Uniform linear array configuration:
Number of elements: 32
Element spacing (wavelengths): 0.5
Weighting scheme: exponential
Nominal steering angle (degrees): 45
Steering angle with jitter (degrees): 45.231
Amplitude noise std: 0.05
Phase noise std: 0.05

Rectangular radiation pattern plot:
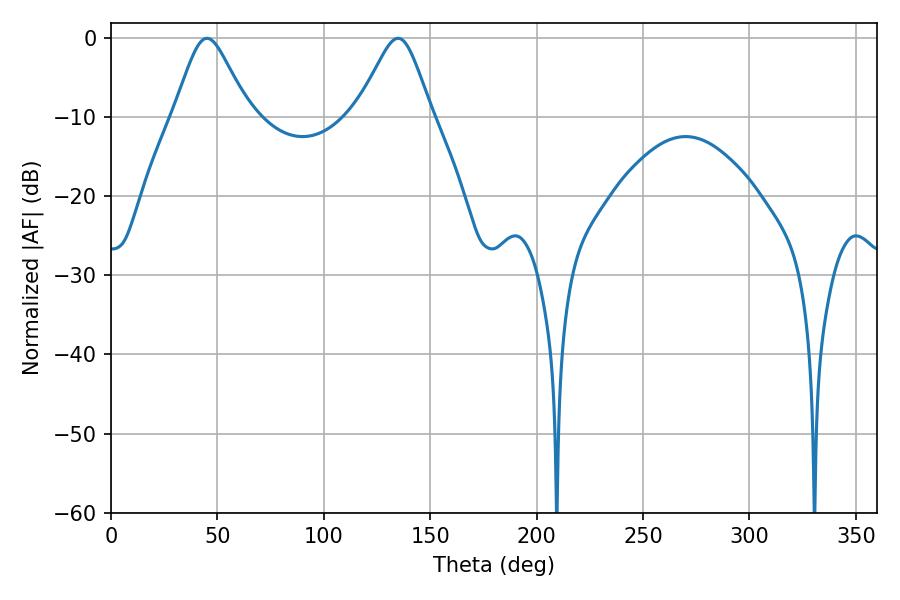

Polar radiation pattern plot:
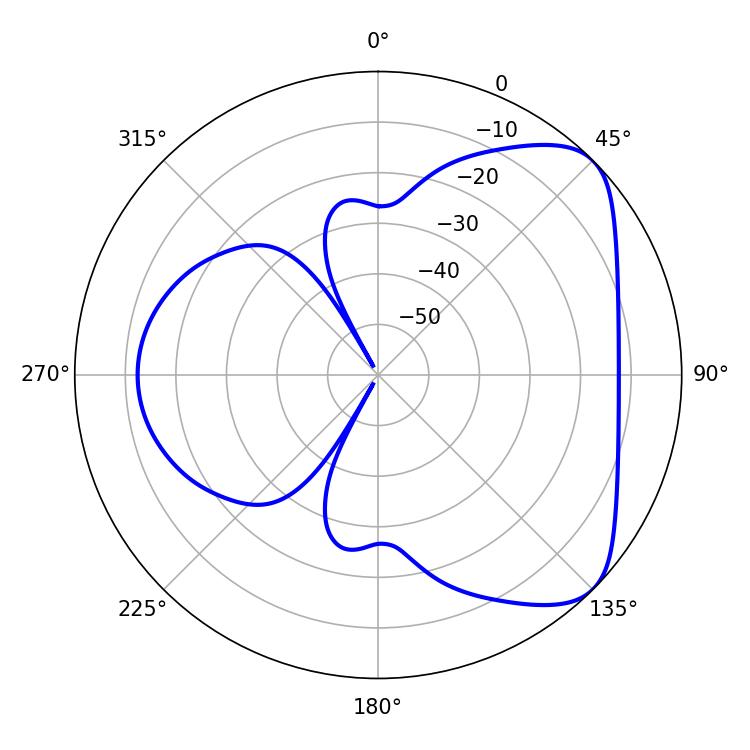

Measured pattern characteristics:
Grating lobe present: FALSE
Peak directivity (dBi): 5.909
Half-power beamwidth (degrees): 16.92
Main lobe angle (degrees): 134.82